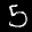
Label: 5